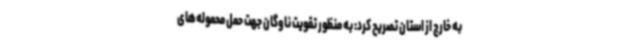
به خارج از استان تصریح کرد: به منظور تقویت ناوگان جهت حمل محموله‌های